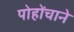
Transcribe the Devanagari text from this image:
पोहोंचाने